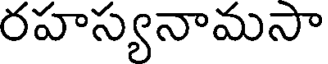
రహస్యనామసా